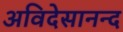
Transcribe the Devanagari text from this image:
अविदेसानन्द